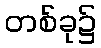
တစ်ခု၌